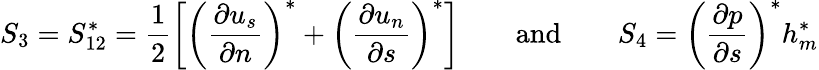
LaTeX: S_{3}=S_{12}^{*}=\frac{1}{2}\left[\left(\frac{\partial{u_{s}}}{\partial{n}}\right)^{*}+\left(\frac{\partial{u_{n}}}{\partial{s}}\right)^{*}\right]\qquad\textrm{and}\qquad S_{4}=\left(\frac{\partial{p}}{\partial{s}}\right)^{*}h_{m}^{*}